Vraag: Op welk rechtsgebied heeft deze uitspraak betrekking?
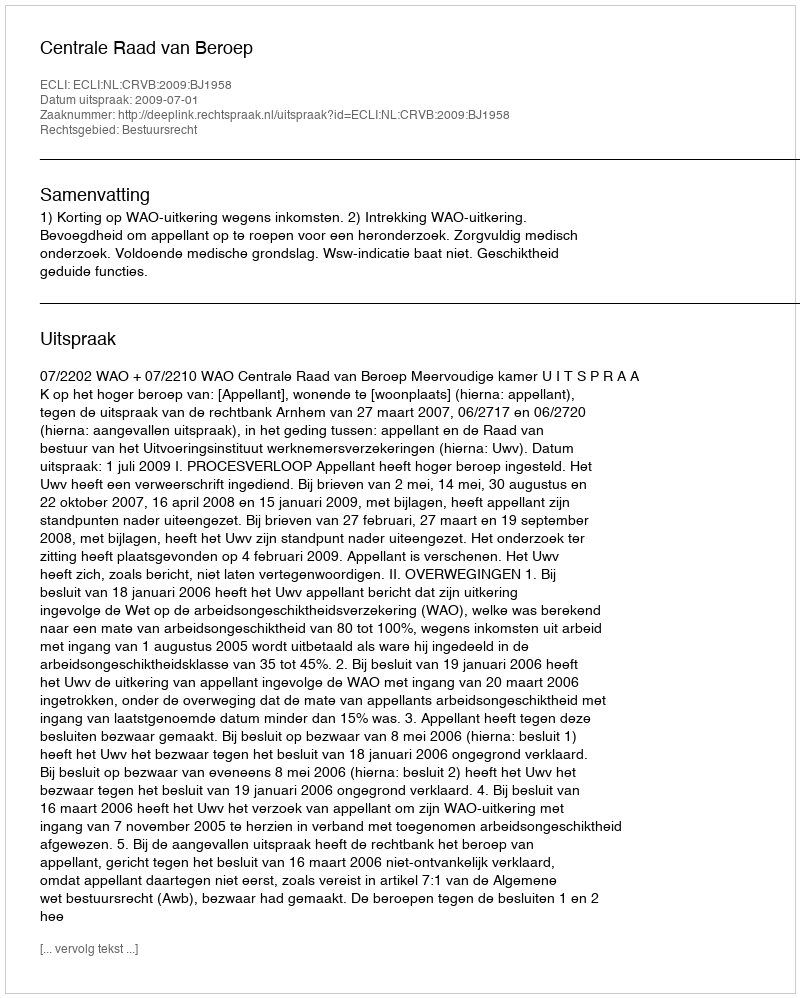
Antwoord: Bestuursrecht